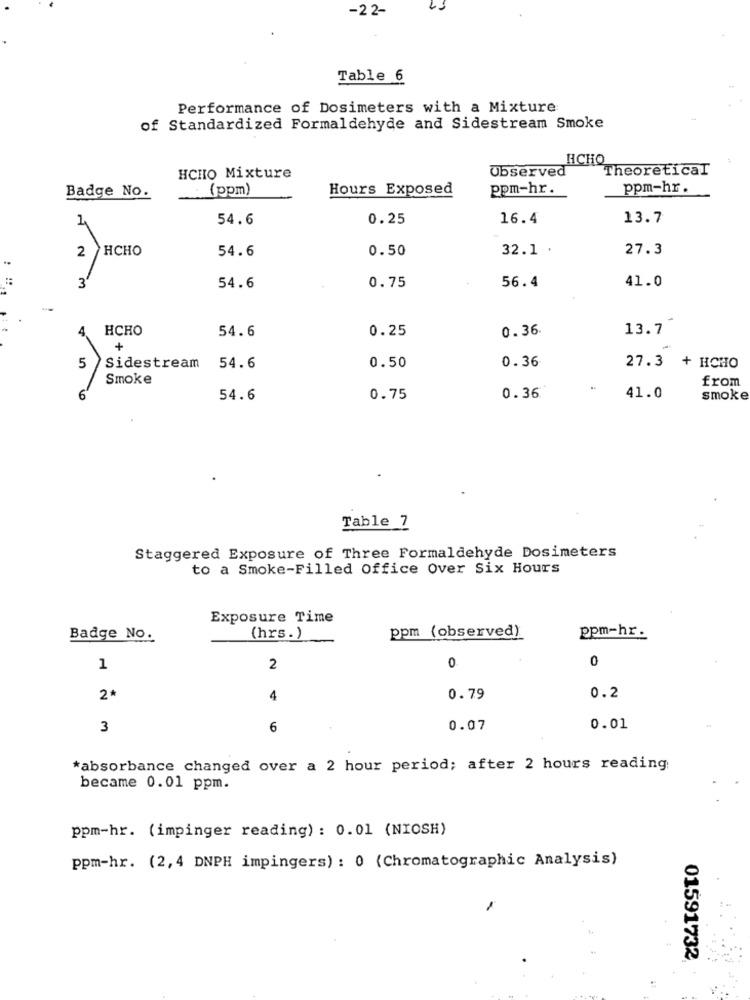
-22-
Table 6
Performance of Dosimeters with a Mixture
of Standardized Formaldehyde and Sidestream Smoke
HCHO
Observed
Theoretical
HCHIO Mixture
Badge No.
(ppm)
Hours Exposed
ppm-hr.
ppm-hr .
4
54.6
0.25
16.4
13.7
2 /HCHO
54.6
0.50
32.1 .
27.3
3
0.75
54.6
56.4
41.0
4.
HCHO
54.6
0.25
0.36
13.7
+
0.36
5
Sidestream
54.6
0.50
27.3 + HCHO
Smoke
from
..
6
54.6
0.75
0.36
41.0
smoke
Table 7
Staggered Exposure of Three Formaldehyde Dosimeters
to a Smoke-Filled Office Over Six Hours
Exposure Time
ppm (observed)
ppm-hr.
Badge No.
(hrs.)
0
1
2
0
2*
4
0.79
0.2
3
6
0.07
0.01
*absorbance changed over a 2 hour period; after 2 hours reading
became 0.01 ppm.
ppm-hr. (impinger reading) : 0.01 (NIOSH)
ppm-hr. (2,4 DNPH impingers) : 0 (Chromatographic Analysis)
01591732